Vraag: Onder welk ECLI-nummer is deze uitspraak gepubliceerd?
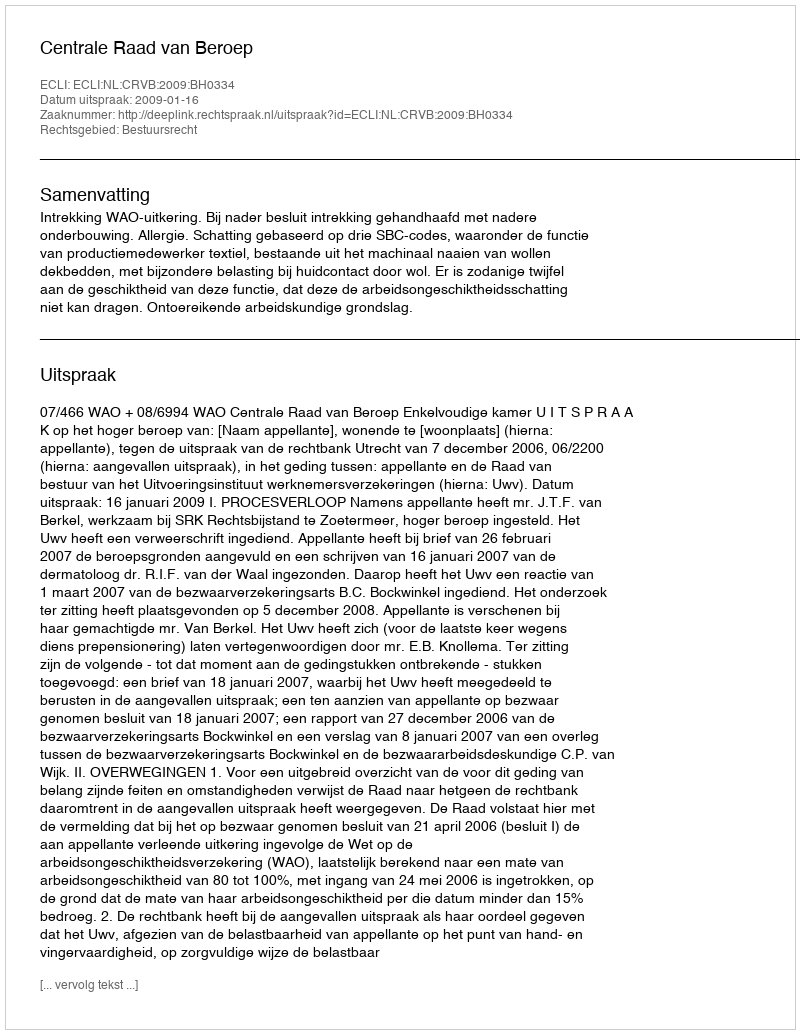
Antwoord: ECLI:NL:CRVB:2009:BH0334